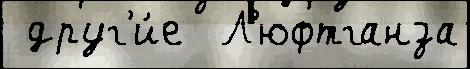
 друг'и́е  Л'юфтганза